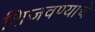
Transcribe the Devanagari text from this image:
शिजवण्याचे